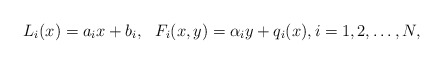
\begin{align*} L_i(x) = a_i x + b_i, ~~ F_i(x,y) = \alpha_i y + q_i(x), i=1,2,\dots, N,\end{align*}